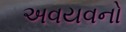
અવયવનો